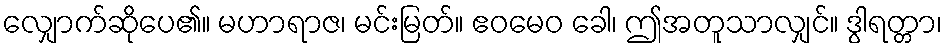
လျှောက်ဆိုပေ၏။ မဟာရာဇ၊ မင်းမြတ်။ ဧဝမေဝ ခေါ၊ ဤအတူသာလျှင်။ ဒွါရတ္တာ၊